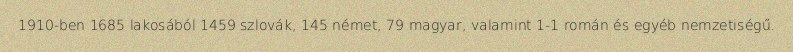
1910-ben 1685 lakosából 1459 szlovák, 145 német, 79 magyar, valamint 1-1 román és egyéb nemzetiségű.